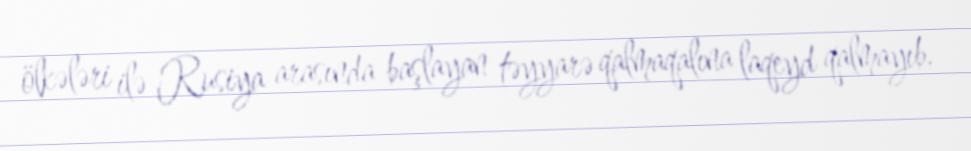
ölkələri ilə Rusiya arasında başlayan təyyarə qalmaqalına laqeyd qalmayıb.